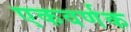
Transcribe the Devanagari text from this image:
एकवर्णक